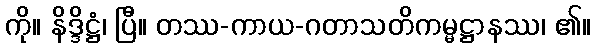
ကို။ နိဒ္ဒိဋ္ဌံ၊ ပြီ။ တဿ-ကာယ-ဂတာသတိကမ္မဋ္ဌာနဿ၊ ၏။